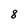
Character: 8